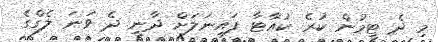
މި ދެ ޓީމުން ކުރެ ކުއާޓާ ފައިނަލަށް ދާނީ ދެ ވަނަ ލެގްގެ